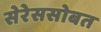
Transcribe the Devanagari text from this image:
सेरेससोबत